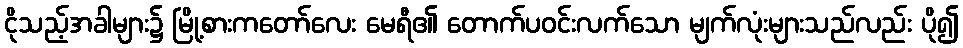
ငိုသည့်အခါများ၌ မြို့စားကတော်လေး မေရီ၏ တောက်ပဝင်းလက်သော မျက်လုံးများသည်လည်း ပို၍